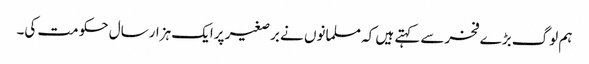
ہم لوگ بڑے فخرسے کہتے ہیں کہ مسلمانوں نے برصغیر پرایک ہزارسال حکومت کی۔